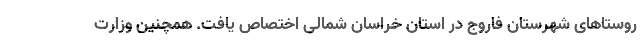
روستاهای شهرستان فاروج در استان خراسان شمالی اختصاص یافت. همچنین وزارت